Vaccination Hyderabad 1890-1903 - 1890-1903
Year: 1890
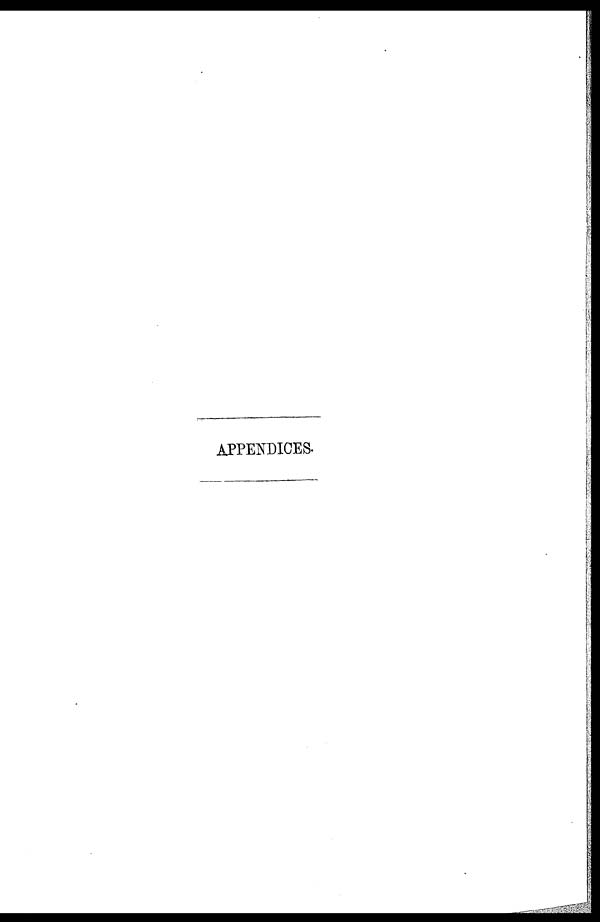
APPENDICES.